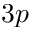
3 p